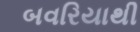
બવરિયાથી